Calcutta medical institutions reports 1879-81 [i.e.91]
Year: 1879
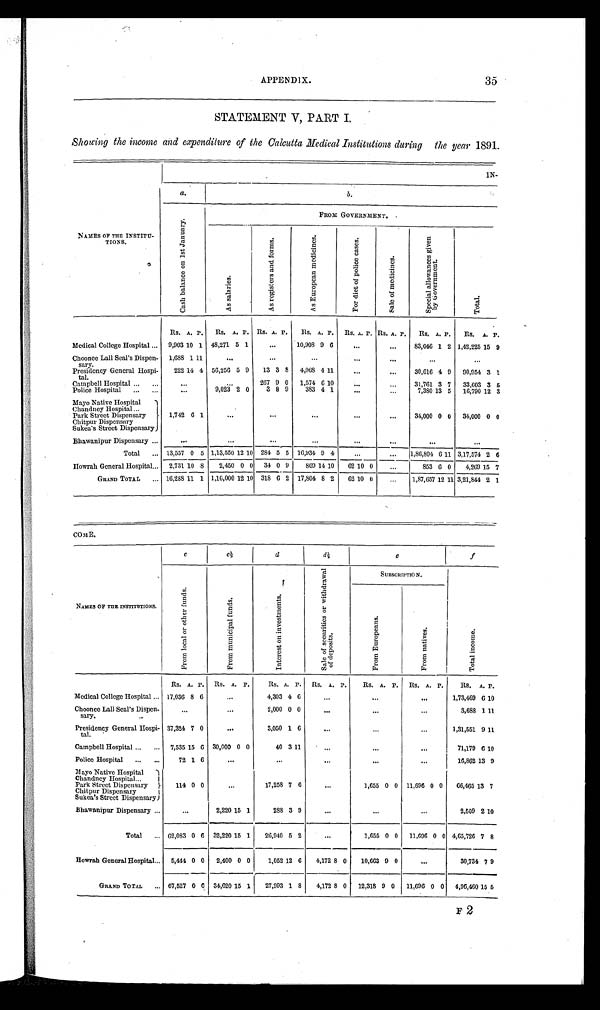
APPENDIX.
35
STATEMENT V, PART I.
Showing the income and expenditure of the Calcutta Medical Institutions during the year 1891.
I N -
___
a.
b.
NAMES OF THE INSTITU-
TIONS.
C a s h b a l a n c e o n 1 s t J a n u a r y .
F R O M G O V E R N M E N T .
A s s a l a r i e s .
A s r e g i s t e r s a n d f o r m s .
A s E u r o p e a n m e d i c i n e s .
F o r d i e t o f p o l i c e c a s e s .
S a l e o f m e d i c i n e s .
S p e c i a l a l l o w a n c e s g i v e n b y G o v e r n m e n t .
T o t a l .
Medical College Hospital . . .
Rs. A. P.
Rs. A. P. Rs. A. P.
Rs. A. P.
Rs. A. P. Rs. A. P.
Rs. A. P.
Rs. A. P.
9,903 10 1 48,271 5 1
. . .
10,908 9
6
. . .
. . .
83,046 1 2 1,42,225 15 9
Choonce Lall Seal's Dispen-
sary.
1,688 1 11
. . .
. . .
. . .
. . .
. . .
. . .
. . .
Presidency General Hospi-
tal.
222 14 4 56,250 5 9
13 3 8
4,068 4 11
. . .
. . .
30,616 4 9
90,954 3 1
Campbell Hospital . . .
. . .
. . .
267 9 0
1,574 6 10
. . .
. . .
31,761 3 7
33,603 3 5
Police Hospital
. . .
. . .
9,023 2 0
3 8 9
383 4 1
. . .
. . .
7,380 13 5
16,790 12 3
Mayo Native Hospital
Chandney Hospital . . .
1,742 6 1
. . .
. . .
. . .
. . .
. . .
34,000 0 0
34,000 0 0
Park Street Dispensary
Chitpur Dispensary
Sukea's Street Dispensary
Bhawanipur Dispensary . . .
. . .
. . .
. . .
. . .
. . .
. . .
. . .
. . .
Total . . . 13,557
0 5 1,13,550 12 10 284 5 5 16,934 9 4
. . .
. . .
1,86,804
6 11 3,17,574 2 6
Howrah General Hospital . . . 2,731 10 8
2,450
0 0
34 0 9
869 14 10
62 10 0
. . .
853 6 0
4,269 15 7
GRAND TOTAL . . . 16,288 11 1 1,16,000 12 10 318 6 2 17,804 8 2
62 10 0
. . .
1,87,657 12 11 3,21,844 2 1
COME.
NAMES OF THE INSTITUTIONS.
c
c ½
d
d ½
e
f
F r o m l o c a l o r o t h e r f u n d s .
F r o m m u n i c i p a l f u n d s .
I n t e r e s t o n i n v e s t m e n t s .
S a l e o f s e c u r i t i e s o r w i t h d r a w a l o f d e p o s i t s .
S U B S C R I P T I O N .
T o t a l i n c o m e .
F r o m E u r o p e a n s .
F r o m n a t i v e s .
Medical College Hospital . . .
Rs. A. P.
Rs. A. P.
Rs. A. P.
Rs. A. P.
Rs. A. P.
Rs. A. P.
Rs. A. P.
17,036 8 6
. . .
4,303 4 6
. . .
. . .
. . .
1,73,469 6 10
Choonee Lall Seal's Dispen-
sary. . . .
. . .
. . .
2,000 0 0
. . .
. . .
. . .
3,688 1 11
Presidency General Hospi-
tal.
37,324 7 0
. . .
3,050 1 6
. . .
. . .
. . .
1,31,551 9 11
Campbell Hospital . . . 7,535 15 6 30,000 0 0
40 3 11
. . .
. . .
. . .
71,179 6 10
Police Hospital
. . .
72 1 6
. . .
. . .
. . .
. . .
. . .
16,862 13 9
Mayo Native Hospital
114 0 0
. . .
17,258 7 6
. . .
1,655 0 0
11,696 0
0
66,465
1 3 7
Chandney Hospital . . .
Park Street Dispensary . . .
Chitpur Dispensary . . .
Sukea's Street Dispensary
Bhawanipur Dispensary . . .
. . .
2,220 15 1
288 3 9
. . .
. . .
. . .
2,509 2 10
Total . . . 62,083 0 6
32,220 15 1
26,940 5 2
. . .
1,655 0 0
11,696 0 0 4,65,726 7 8
Howrah General Hospital . . .
5,444 0 0
2,400
0 0
1,052 12 6
4,172 8 0
10,663 9 0
. . .
30,734 7 9
GRAND TOTAL . . . 67,527 0 0 34,626 15 1
27,993 1 8
4,172 8 0
12,318 9 0
11,696 0 0
4,96,460 15 5